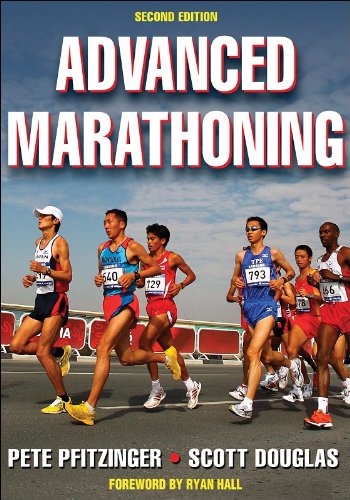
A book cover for Advanced Marathoning - 2nd Edition; Pete Pfitzinger; Health, Fitness & Dieting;